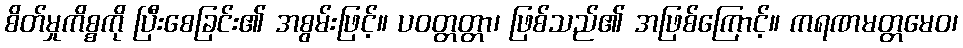
စိတ်မှုကိစ္စကို ပြီးစေခြင်း၏ အစွမ်းဖြင့်။ ပဝတ္တတ္တာ၊ ဖြစ်သည်၏ အဖြစ်ကြောင့်။ ကရဏမတ္တမေဝ၊